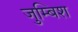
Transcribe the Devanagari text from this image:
जुम्बिश